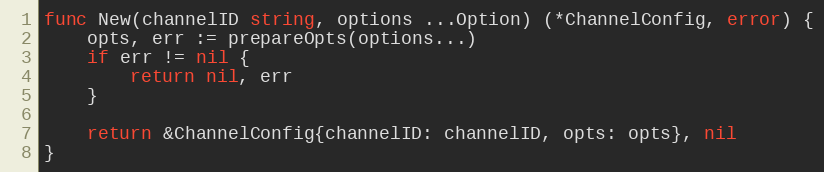
Language: Go
func New(channelID string, options ...Option) (*ChannelConfig, error) {
	opts, err := prepareOpts(options...)
	if err != nil {
		return nil, err
	}

	return &ChannelConfig{channelID: channelID, opts: opts}, nil
}